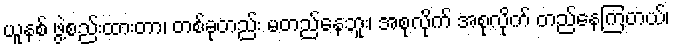
ယူနစ် ဖွဲ့စည်းထားတာ၊ တစ်ခုတည်း မတည်နေဘူး၊ အစုလိုက် အစုလိုက် တည်နေကြတယ်၊